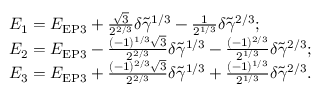
\begin{array} { r l } & { E _ { 1 } = E _ { \mathrm { E P 3 } } + \frac { \sqrt { 3 } } { 2 ^ { 2 / 3 } } \delta \tilde { \gamma } ^ { 1 / 3 } - \frac { 1 } { 2 ^ { 1 / 3 } } \delta \tilde { \gamma } ^ { 2 / 3 } ; } \\ & { E _ { 2 } = E _ { \mathrm { E P 3 } } - \frac { ( - 1 ) ^ { 1 / 3 } \sqrt { 3 } } { 2 ^ { 2 / 3 } } \delta \tilde { \gamma } ^ { 1 / 3 } - \frac { ( - 1 ) ^ { 2 / 3 } } { 2 ^ { 1 / 3 } } \delta \tilde { \gamma } ^ { 2 / 3 } ; } \\ & { E _ { 3 } = E _ { \mathrm { E P 3 } } + \frac { ( - 1 ) ^ { 2 / 3 } \sqrt { 3 } } { 2 ^ { 2 / 3 } } \delta \tilde { \gamma } ^ { 1 / 3 } + \frac { ( - 1 ) ^ { 1 / 3 } } { 2 ^ { 1 / 3 } } \delta \tilde { \gamma } ^ { 2 / 3 } . } \end{array}